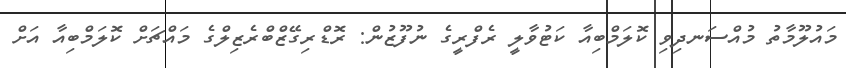
މައުލޫމާތު މުއްސަނދިވި ކޮލަމްބިއާ ކަޓުވާލީ ރެފްރީގެ ނުފޫޒުން: ރޮޑްރިގޭޒްބްރެޒިލްގެ މައްޗަށް ކޮލަމްބިއާ އަށް